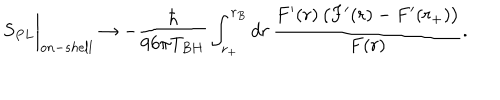
S _ { P L } \biggr \vert _ { o n - s h e l l } \rightarrow - \frac { \hbar } { 9 6 \pi T _ { B H } } \int _ { r _ { + } } ^ { r _ { B } } d r \, \frac { F ^ { \prime } ( r ) \, \bigl ( F ^ { \prime } ( r ) - F ^ { \prime } ( r _ { + } ) \bigl ) } { F ( r ) } .